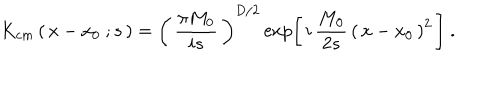
K _ { c m } \left( \, x - x _ { 0 } \ ; s \, \right) = \left( \, { \frac { \pi M _ { 0 } } { i s } } \, \right) ^ { D / 2 } \exp \left[ \, i \, { \frac { M _ { 0 } } { 2 s } } \, \left( \, x - x _ { 0 } \, \right) ^ { 2 } \, \right] \ .